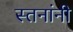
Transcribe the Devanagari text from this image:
स्तनांनी